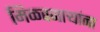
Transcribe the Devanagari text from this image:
मिळवणाऱ्यांना